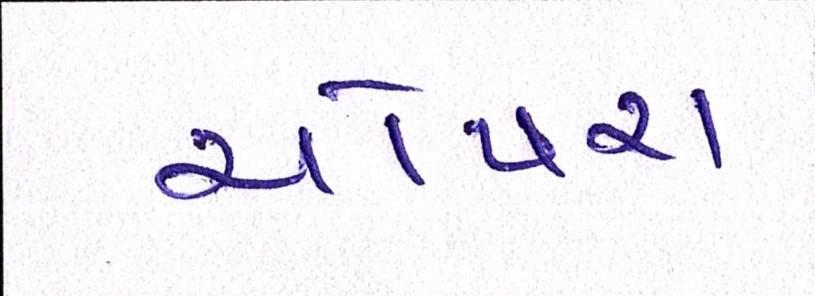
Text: ચોપરા